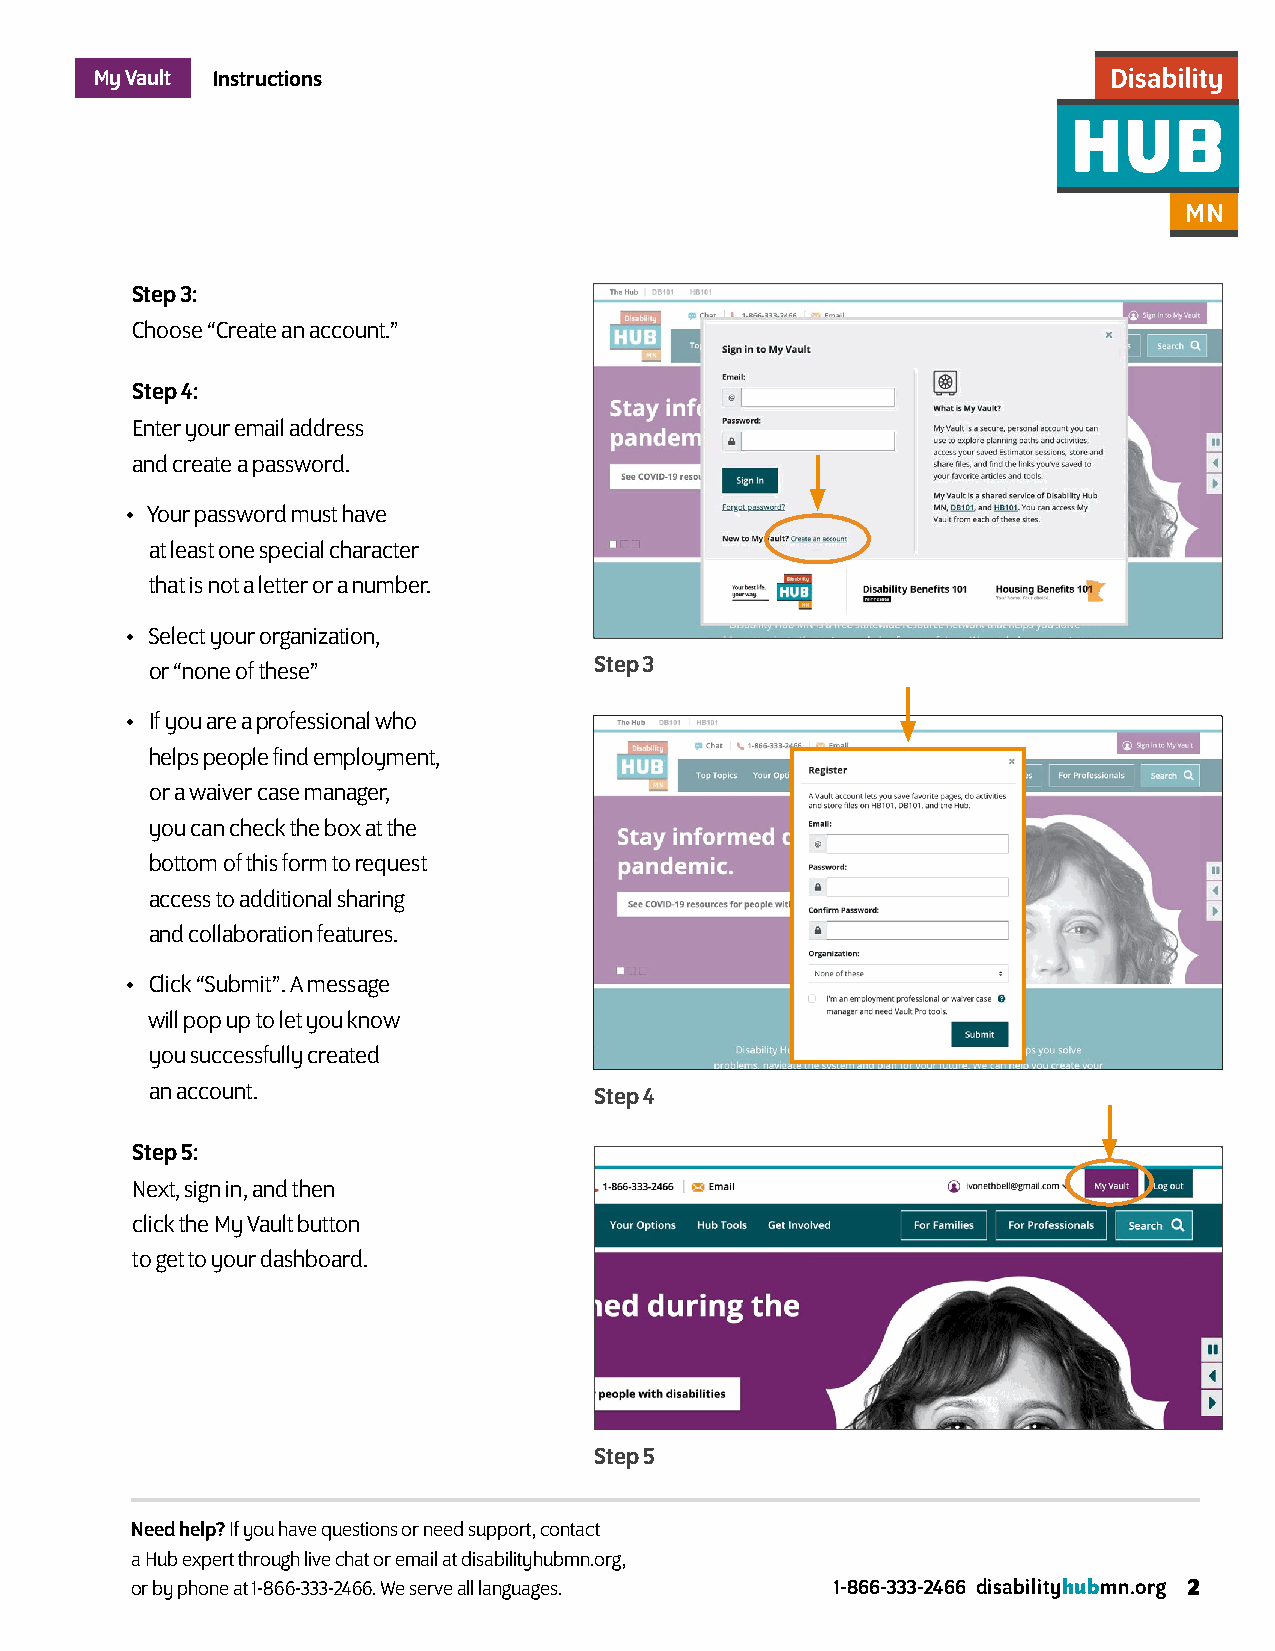
My Vault Instructions
 Step 3:
 Choose “Create an account.”
 Step 4:
 Enter your email address
 and create a password.
 • Your password must have
 at least one special character
 that is not a letter or a number.
 • Select your organization,
 Step 3
 or “none of these”
 • If you are a professional who
 helps people find employment,
 or a waiver case manager,
 you can check the box at the
 bottom of this form to request
 access to additional sharing
 and collaboration features.
 • Click “Submit”. A message
 will pop up to let you know
 you successfully created
 an account.                  Step 4
 Step 5:
 Next, sign in, and then
 click the My Vault button
 to get to your dashboard.
 Step 5
 Need help? If you have questions or need support, contact
 a Hub expert through live chat or email at disabilityhubmn.org,
 or by phone at 1-866-333-2466. We serve all languages. 1-866-333-2466 disabilityhubmn.org 2